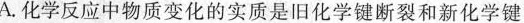
A.化学反应中物质变化的实质是旧化学键断裂和新化学键